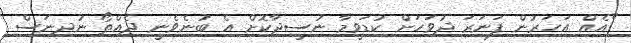
"އެއް އަހަރުން ފަނަރަ ދުވަހަށް ކުޑަވީމާ ނުސީދާކޮށް އެ ބުނެވެނީ ދެއްތޯ ނުދިނަސް